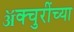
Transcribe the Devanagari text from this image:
ॲक्चुरींच्या